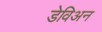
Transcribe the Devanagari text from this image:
डेविअन